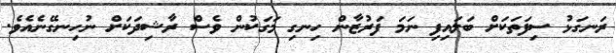
ރަނގަޅު ސިފަތަކަށް ބަލައިފި ނަމަ ފަރުޒާން ހިނގި މަގަކުން ވެސް ރާޝިދަކަށް ނުހިނގޭނެއެވެ.